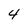
Character: 4